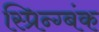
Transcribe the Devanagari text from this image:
स्प्रिन्ग्बंक